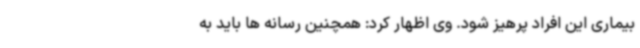
بیماری این افراد پرهیز شود. وی اظهار کرد: همچنین رسانه ها باید به